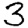
Digit: 3